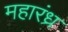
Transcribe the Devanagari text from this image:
महारंध्र